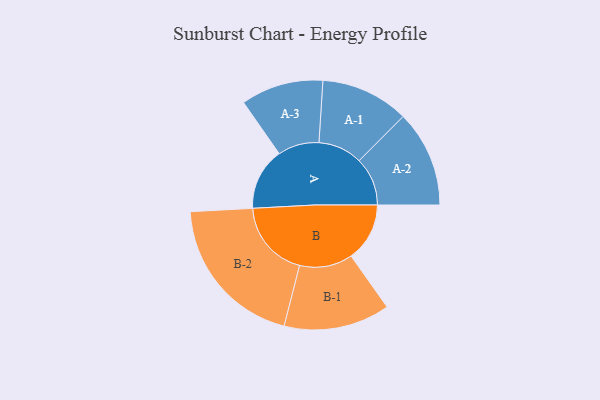
{"axis": {"x": "Segment", "y": "Value"}, "legend": ["", "A", "B"], "data": [{"x": "A", "y": 237, "type": ""}, {"x": "B", "y": 223, "type": ""}, {"x": "A-1", "y": 168, "type": "A"}, {"x": "A-2", "y": 184, "type": "A"}, {"x": "A-3", "y": 157, "type": "A"}, {"x": "B-1", "y": 202, "type": "B"}, {"x": "B-2", "y": 296, "type": "B"}]}